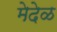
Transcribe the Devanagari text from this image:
मेदेळ